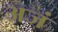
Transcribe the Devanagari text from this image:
अजं